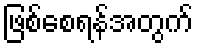
ဖြစ်စေရန်အတွက်